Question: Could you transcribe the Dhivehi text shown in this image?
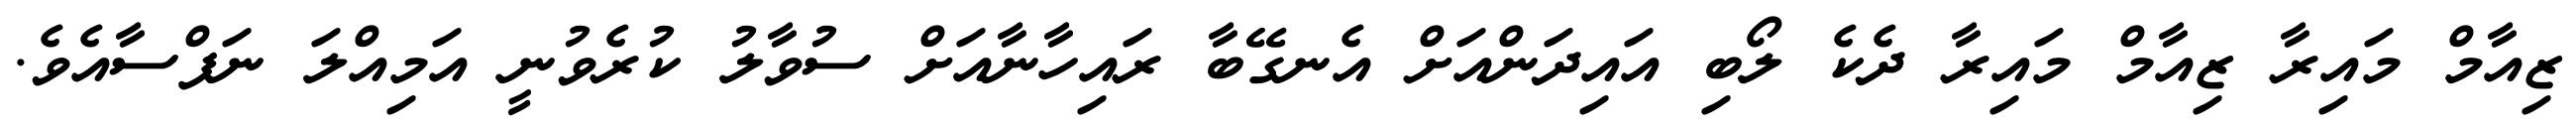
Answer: ޒިއާމް މައިރާ ޒިއާމް މައިރާ ދެކެ ލޯބި އައިދަންއަށް އެނގޭބާ ރައިހާނާއަށް ސުވާލު ކުރެވުނީ އަމިއްލަ ނަފްސާއެވެ.